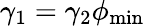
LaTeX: \gamma_{1}=\gamma_{2}\phi_{\mathrm{{min}}}